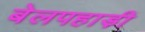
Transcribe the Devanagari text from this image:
बेलपहाड़ी